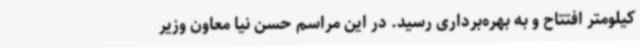
کیلومتر افتتاح و به بهره‌برداری رسید. در این مراسم حسن نیا معاون وزیر